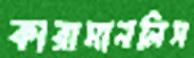
কারামানলিস